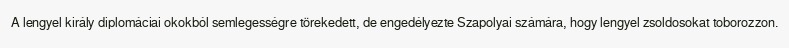
A lengyel király diplomáciai okokból semlegességre törekedett, de engedélyezte Szapolyai számára, hogy lengyel zsoldosokat toborozzon.